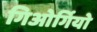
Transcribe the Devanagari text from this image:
गिओर्गियो